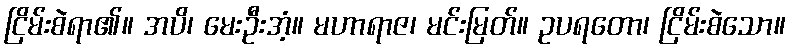
ငြိမ်းစဲရာ၏။ အပိ၊ မေးဦးအံ့။ မဟာရာဇ၊ မင်းမြတ်။ ဥပရတော၊ ငြိမ်းစဲသော။